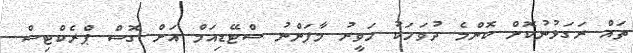
ތައް ރަގަޅުނުކޮށް ކޮންމެ ދުވަހަކު ހަވީރު މާފަންނު ސްޓޭޑިއަމް އަށް ގޮސް ޕްރެކްޓިސް